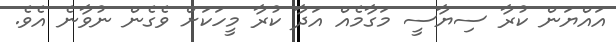
އައްޔަން ކުރާ ސިޔާސީ މަގާމެއް އަދާ ކުރާ މީހަކަށް ވެގެން ނުވާނެ އެވެ.